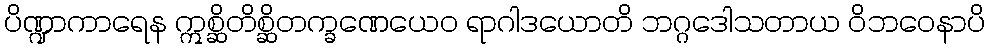
ပိဏ္ဍာကာရေန ဣစ္ဆိတိစ္ဆိတက္ခဏေယေဝ ရာဂါဒယောတိ ဘဂ္ဂဒေါသတာယ ဝိဘဝေနာပိ